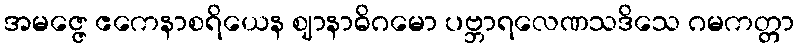
အမဇ္ဇေ ဧကေနာစရိယေန ဈာနာဓိဂမော ပဗ္ဘာရလေဏသဒိသေ ဂမကတ္တာ